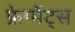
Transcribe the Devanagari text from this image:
फ्रेग्मेंट्स